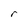
Character: r